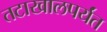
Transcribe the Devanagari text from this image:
तटाखालपर्यंत